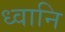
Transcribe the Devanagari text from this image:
ध्वानि